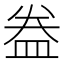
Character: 𥁠